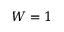
W = 1